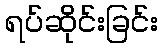
ရပ်ဆိုင်းခြင်း